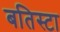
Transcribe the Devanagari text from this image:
बतिस्टा